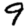
Digit: 9